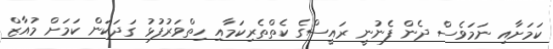
ކަމަށާއި ނަމަވެސް ދެން ފެނުނީ ރައީސްގެ ކެތްތެރިކަމާއި ހިތްވަރުފުޅު ގަދަކަން ކަމަށް މުއާޒް